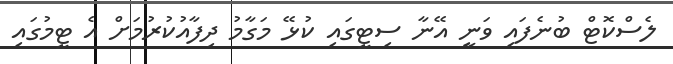
ލެސްކޮޓް ބުނެފައި ވަނީ އޭނާ ސިޓީގައި ކުޅޭ މަގާމު ދިފާއުކުރުމަށް އެ ޓީމުގައި